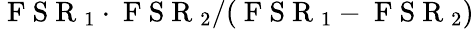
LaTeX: \mathrm{~F~S~R~}_{1}\cdot\mathrm{~F~S~R~}_{2}/(\mathrm{~F~S~R~}_{1}-\mathrm{~F~S~R~}_{2})